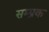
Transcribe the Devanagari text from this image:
सम्प्रक